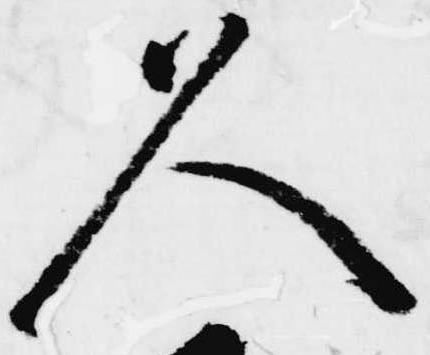
久